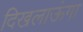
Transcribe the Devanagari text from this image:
दिखलाऊंगा